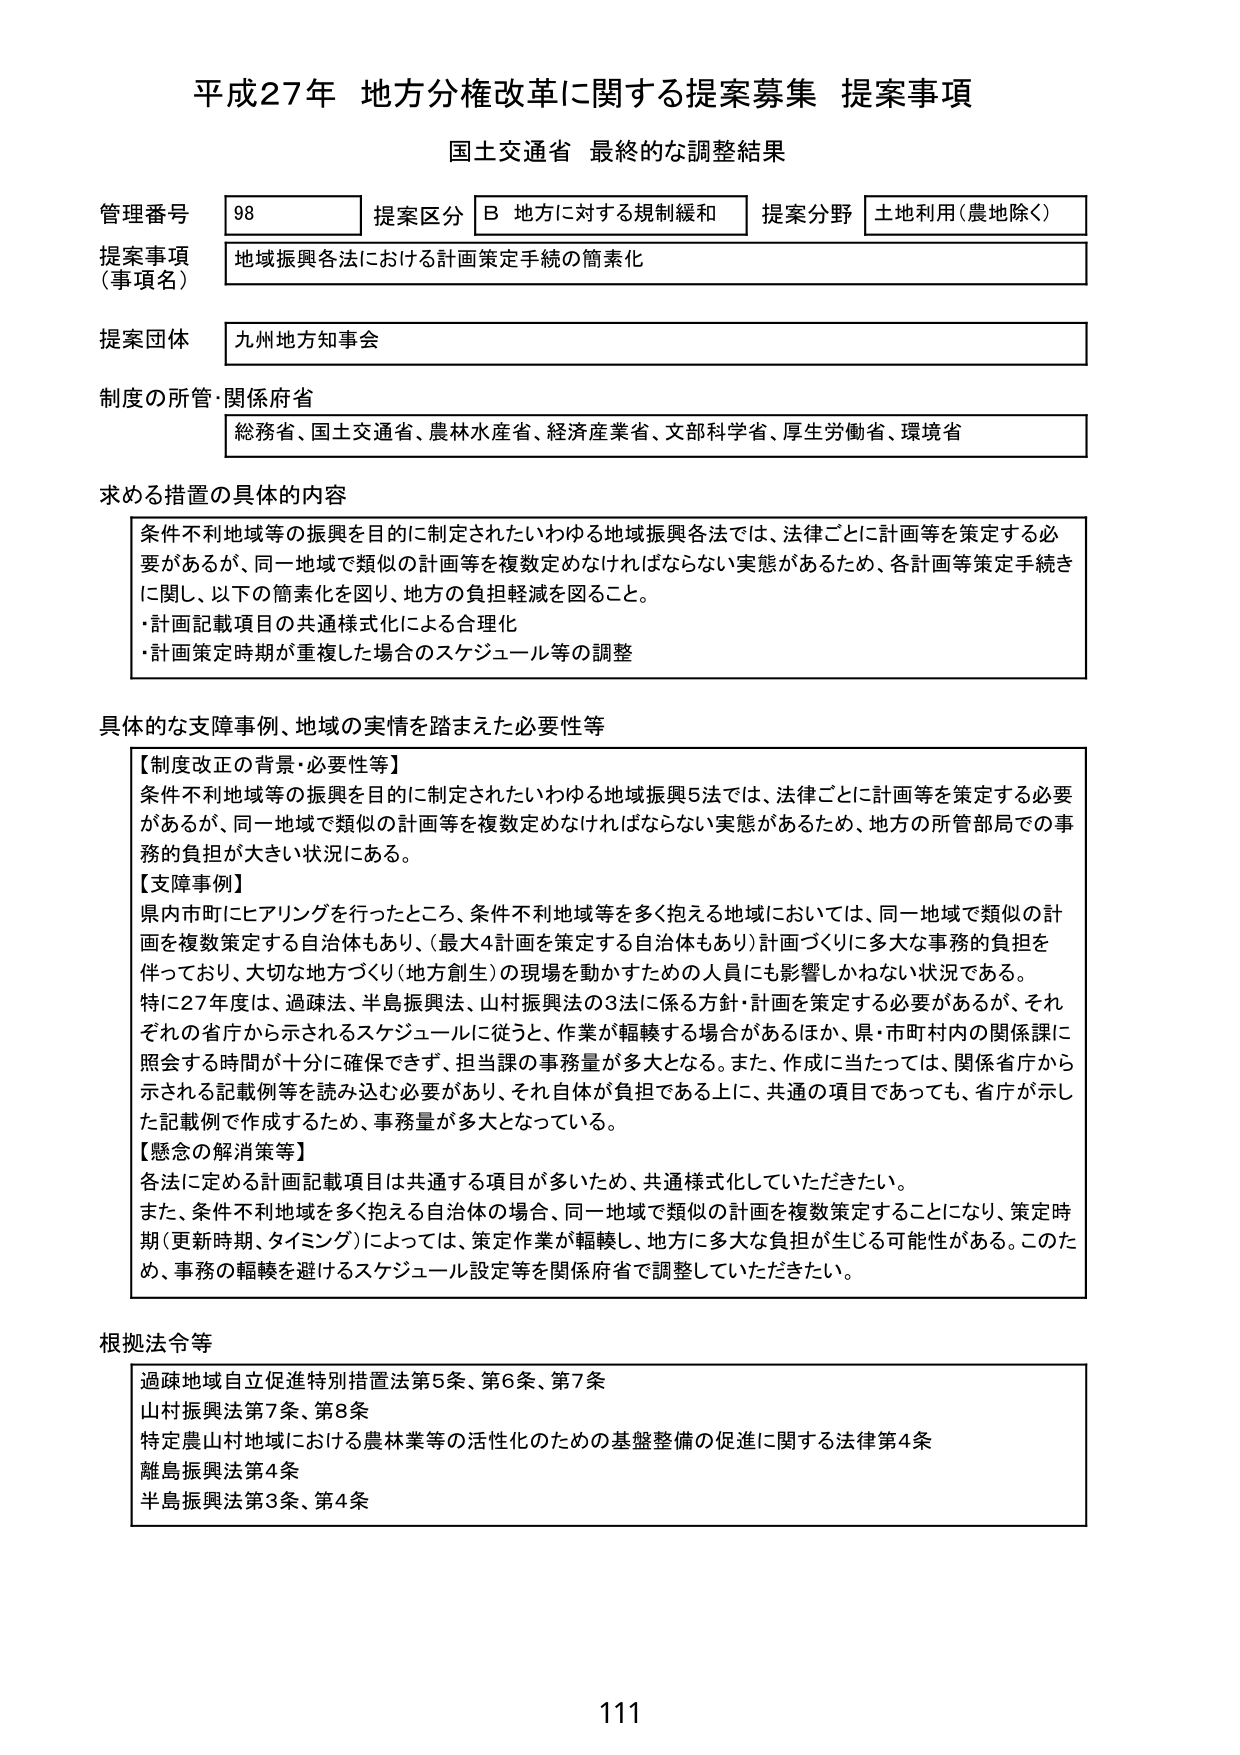
平成27年 地方分権改革に関する提案募集 提案事項
国土交通省 最終的な調整結果

管理番号 98 提案区分 B 地方に対する規制緩和 提案分野 土地利用（農地除く）
提案事項（事項名） 地域振興各法における計画策定手続の簡素化
提案団体 九州地方知事会
制度の所管・関係府省 総務省、国土交通省、農林水産省、経済産業省、文部科学省、厚生労働省、環境省

求める措置の具体的内容
条件不利地域等の振興を目的に制定されたいわゆる地域振興各法では、法律ごとに計画等を策定する必要があるが、同一地域で類似の計画等を複数定めなければならない実態があるため、各計画等策定手続きに関し、以下の簡素化を図り、地方の負担軽減を図ること。
・計画記載項目の共通様式化による合理化
・計画策定時期が重複した場合のスケジュール等の調整

具体的な支障事例、地域の実情を踏まえた必要性等
【制度改正の背景・必要性等】
条件不利地域等の振興を目的に制定されたいわゆる地域振興5法では、法律ごとに計画等を策定する必要があるが、同一地域で類似の計画等を複数定めなければならない実態があるため、地方の所管部局での事務の負担が大きい状況にある。
【支障事例】
県内市町にヒアリングを行ったところ、条件不利地域等を多く抱える地域においては、同一地域で類似の計画を複数策定する自治体もあり、（最大4計画を策定する自治体もあり）計画づくりに多大な事務的負担を伴っており、大切な地方づくり（地方創生）の現場を動かすための人員にも影響しかねない状況である。
特に27年度は、過疎法、半島振興法、山村振興法の3法に係る方針・計画を策定する必要があるが、それぞれの省庁から示されるスケジュールに従うと、作業が転轍する場合があるほか、県・市町村内の関係課に照会する時間が十分に確保できず、担当課の事務量が多大となる。また、作成に当たっては、関係省庁から示される記載例等を読み込む必要があり、それ自体が負担である上に、共通の項目であっても、省庁が示した記載例で作成するため、事務量が多大となっている。
【懸念の解消策等】
各法に定める計画記載項目は共通する項目が多いため、共通様式化していただきたい。
また、条件不利地域を多く抱える自治体の場合、同一地域で類似の計画を複数策定することになり、策定時期（更新時期、タイミング）によっては、策定作業が転轍し、地方に多大な負担が生じる可能性がある。このため、事務の転轍を避けるスケジュール設定等を関係府省で調整していただきたい。

根拠法令等
過疎地域自立促進特別措置法第5条、第6条、第7条
山村振興法第7条、第8条
特定農山村地域における農林業等の活性化のための基盤整備の促進に関する法律第4条
離島振興法第4条
半島振興法第3条、第4条

111